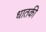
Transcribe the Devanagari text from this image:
धातकी